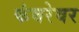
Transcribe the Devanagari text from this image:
कंबरेवर